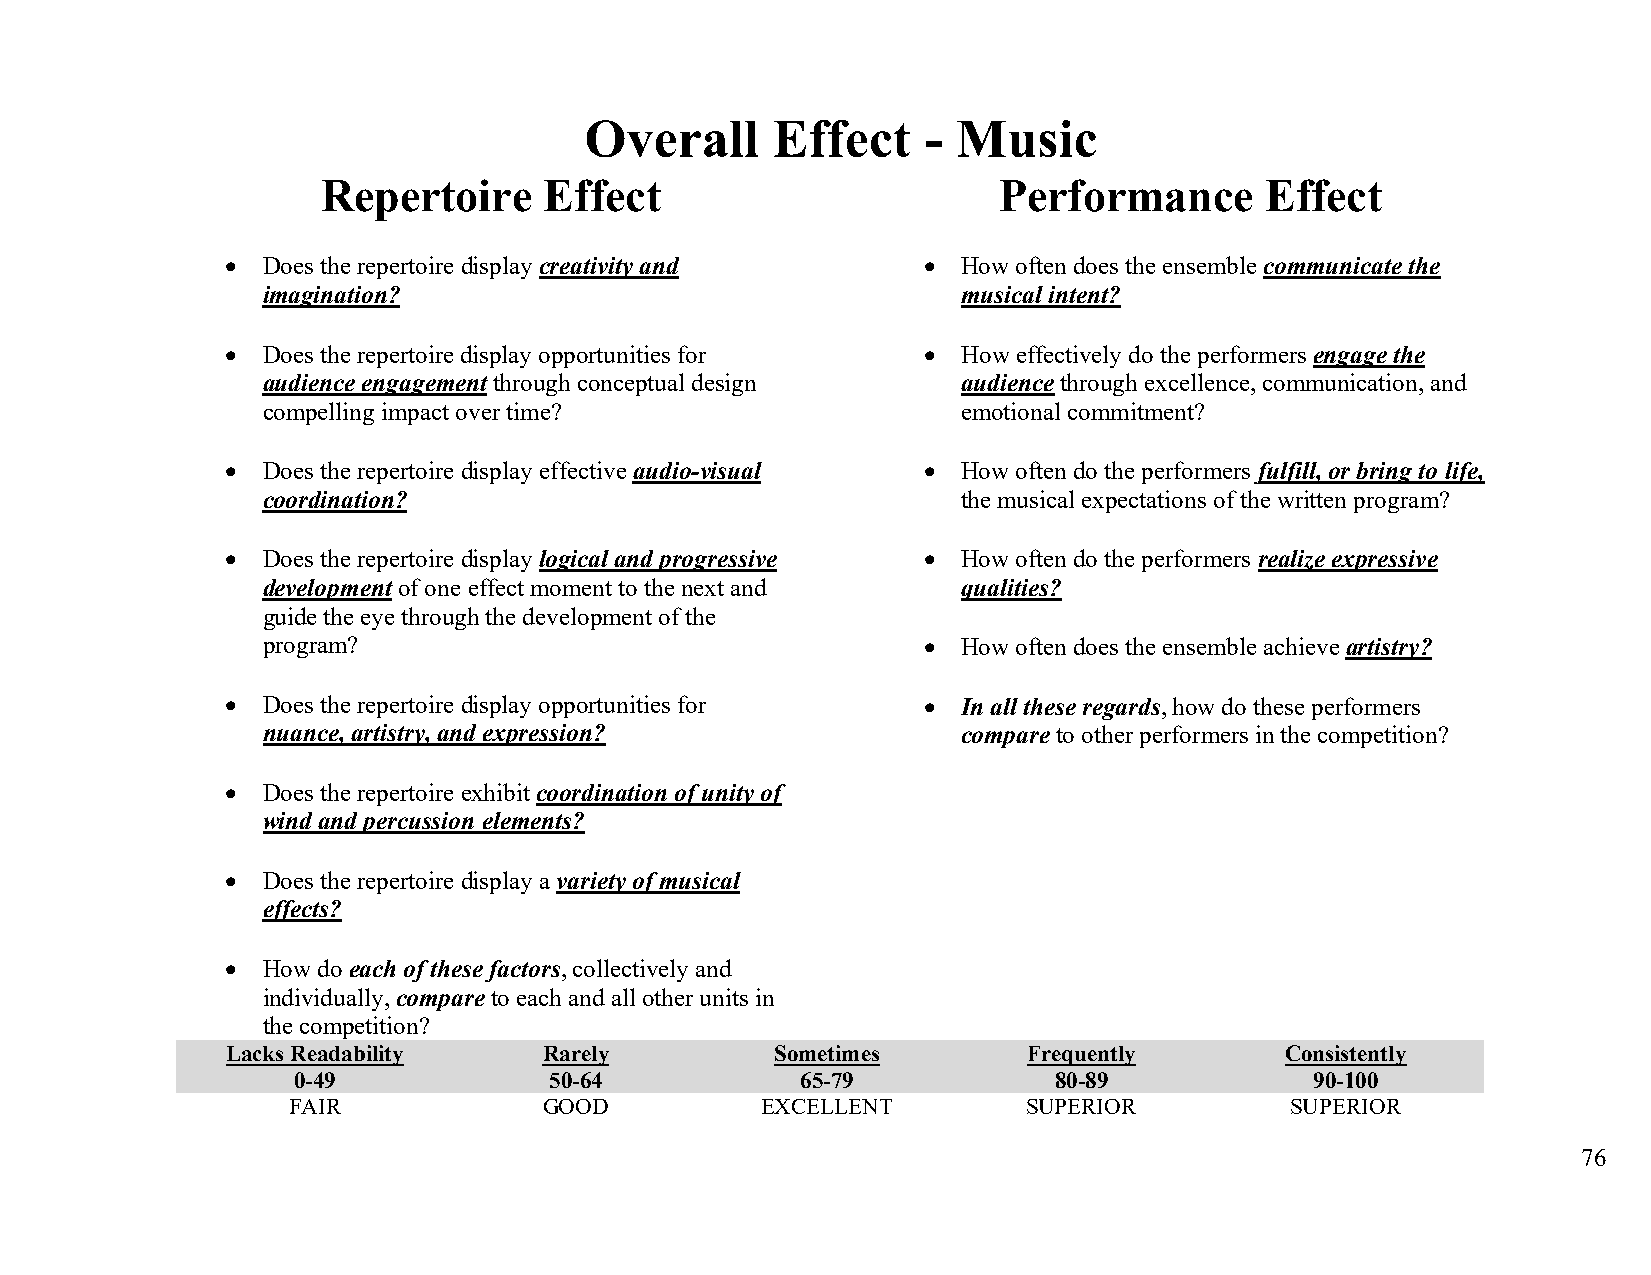
Overall     Effect    - Music
 Repertoire     Effect                        Performance       Effect
 • Does the repertoire display creativity and  •  How often does the ensemble communicate the
 imagination?                                   musical intent?
 • Does the repertoire display opportunities for • How effectively do the performers engage the
 audience engagement through conceptual design  audience through excellence, communication, and
 compelling impact over time?                   emotional commitment?
 • Does the repertoire display effective audio-visual • How often do the performers fulfill, or bring to life,
 coordination?                                  the musical expectations of the written program?
 • Does the repertoire display logical and progressive • How often do the performers realize expressive
 development of one effect moment to the next and qualities?
 guide the eye through the development of the
 program?                                    •  How often does the ensemble achieve artistry?
 • Does the repertoire display opportunities for • In all these regards, how do these performers
 nuance, artistry, and expression?              compare to other performers in the competition?
 • Does the repertoire exhibit coordination of unity of
 wind and percussion elements?
 • Does the repertoire display a variety of musical
 effects?
 • How do each of these factors, collectively and
 individually, compare to each and all other units in
 the competition?
 Lacks Readability    Rarely         Sometimes        Frequently       Consistently
 0-49             50-64            65-79            80-89            90-100
 FAIR             GOOD          EXCELLENT         SUPERIOR         SUPERIOR
 76